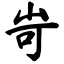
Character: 岢